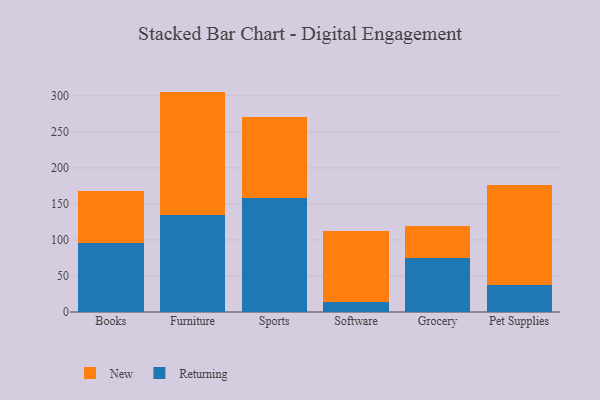
{"axis": {"x": "Category", "y": "Satisfaction Score"}, "legend": ["New", "Returning"], "data": [{"x": "Books", "y": 96.0, "type": "Returning"}, {"x": "Books", "y": 72.0, "type": "New"}, {"x": "Furniture", "y": 134.8, "type": "Returning"}, {"x": "Furniture", "y": 171.0, "type": "New"}, {"x": "Sports", "y": 158.2, "type": "Returning"}, {"x": "Sports", "y": 112.1, "type": "New"}, {"x": "Software", "y": 14.3, "type": "Returning"}, {"x": "Software", "y": 97.6, "type": "New"}, {"x": "Grocery", "y": 74.6, "type": "Returning"}, {"x": "Grocery", "y": 44.2, "type": "New"}, {"x": "Pet Supplies", "y": 37.5, "type": "Returning"}, {"x": "Pet Supplies", "y": 138.8, "type": "New"}]}